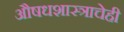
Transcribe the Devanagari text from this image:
औषधशास्त्राचेही